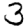
Digit: 3